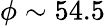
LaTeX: \phi\sim 54.5\